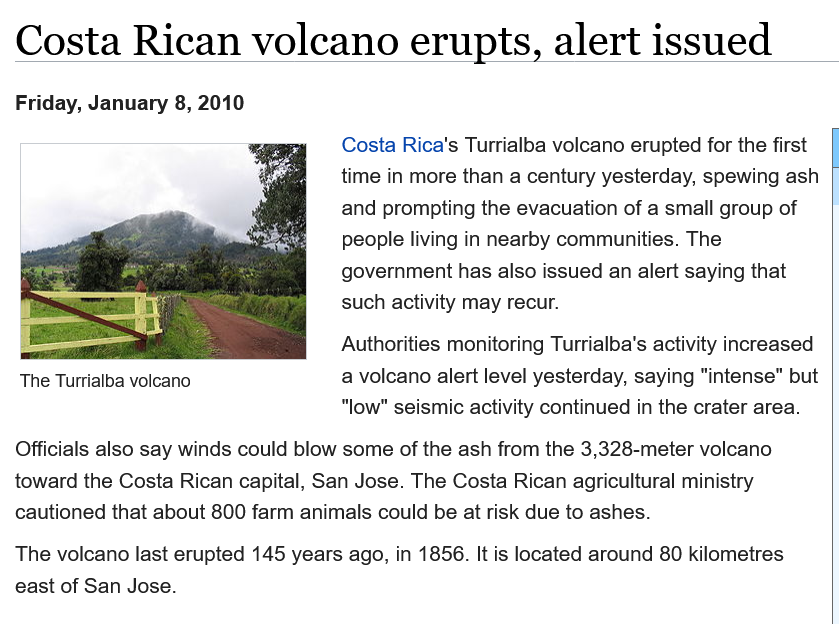
Costa    Rican    volcano    erupts,    alert    issued
     Costa Rica's Turrialba volcano erupted for the first
     time in more than a century yesterday, spewing ash
     and prompting the evacuation of a small group of
     people living in nearby communities. The
     government has also issued an alert saying that
     such activity may recur.
     Authorities monitoring Turrialba's activity increased
     a volcano alert level yesterday, saying "intense" but
     "low" seismic activity continued in the crater area.
  Officials also say winds could blow some of the ash from the 3,328-meter volcano
  toward the Costa Rican capital, San Jose. The Costa Rican agricultural ministry
  cautioned that about 800 farm animals could be at risk due to ashes.
  The volcano last erupted 145 years ago, in 1856. It is located around 80 kilometres
  east of San Jose.
  The Turrialba volcano
  Friday, January 8, 2010